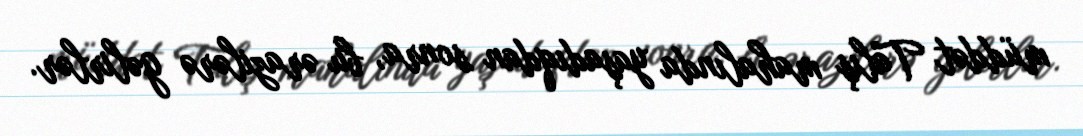
müddət Talış mahalında yaşadıqdan sonra, bu ərazilərə gəlirlər.